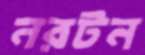
নরটন